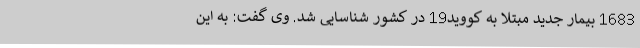
1683 بیمار جدید مبتلا به کووید19 در کشور شناسایی شد. وی گفت: به این